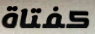
كفتاة